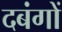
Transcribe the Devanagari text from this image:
दबंगों